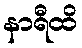
နာရီထိ